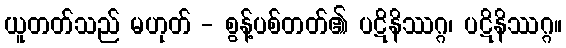
ယူတတ်သည် မဟုတ် - စွန့်ပစ်တတ်၏ ပဋိနိဿဂ္ဂ၊ ပဋိနိဿဂ္ဂ။